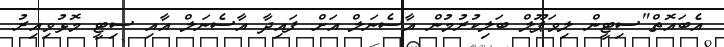
އެބައޮތް"ސިޓީން ލިވަޕޫލް ބަލިކުރުމުން އާސެނަލް އަށް ފައިދާ އާސެނަލް އާއި ސިޓީ މޮޅުވިއިރު